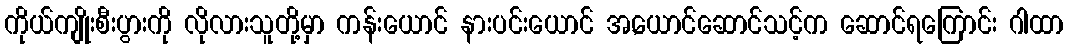
ကိုယ်ကျိုးစီးပွားကို လိုလားသူတို့မှာ ကန်းယောင် နားပင်းယောင် အ,ယောင်ဆောင်သင့်က ဆောင်ရကြောင်း ဂါထာ